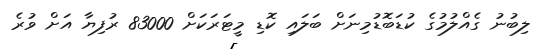
ލިބުނު ގެއްލުމުގެ ކުޑަބޮޑުމިނަށް ބަލައި ކޮޑި މީޓަރަކަށް 83000 ރުފިޔާ އަށް ވުރެ